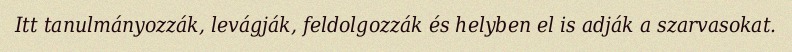
Itt tanulmányozzák, levágják, feldolgozzák és helyben el is adják a szarvasokat.